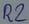
Text: R2